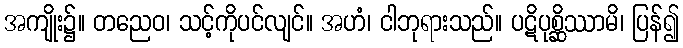
အကျိုး၌။ တညေဝ၊ သင့်ကိုပင်လျင်။ အဟံ၊ ငါဘုရားသည်။ ပဋိပုစ္ဆိဿာမိ၊ ပြန်၍